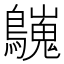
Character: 𪇋